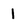
Character: 1